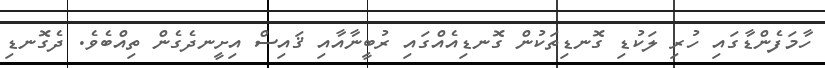
ހާމަފެންޑާގައި ހުރި ލަކުޑި ގޮނޑިތަކުން ގޮނޑިއެއްގައި ރުބީނާއާއި ޤައިސް އިށީނދެގެން ތިއްބެވެ. ދެގޮނޑި